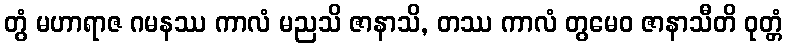
တွံ မဟာရာဇ ဂမနဿ ကာလံ မညသိ ဇာနာသိ, တဿ ကာလံ တွမေဝ ဇာနာသီတိ ဝုတ္တံ